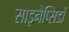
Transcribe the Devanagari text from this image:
साइनैप्सिडों